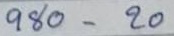
980 - 20